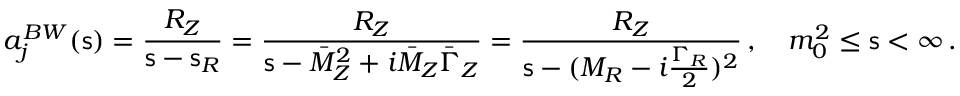
a _ { j } ^ { B W } ( { \mathsf s } ) = \frac { R _ { Z } } { { \mathsf s } - { \mathsf s } _ { R } } = \frac { R _ { Z } } { { \mathsf s } - \bar { M } _ { Z } ^ { 2 } + i \bar { M } _ { Z } \bar { \Gamma } _ { Z } } = \frac { R _ { Z } } { { \mathsf s } - ( M _ { R } - i \frac { \Gamma _ { R } } { 2 } ) ^ { 2 } } \, , \quad m _ { 0 } ^ { 2 } \leq { \mathsf s } < \infty \, .